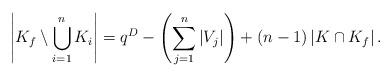
LaTeX: \begin{align*}\left| K_f \setminus \bigcup_{i=1}^{n} K_i \right| = q^{D} - \left( \sum_{j=1}^{n} |V_j| \right) + (n-1)\left| K \cap K_f \right|.\end{align*}